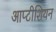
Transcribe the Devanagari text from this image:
आप्टीशियन